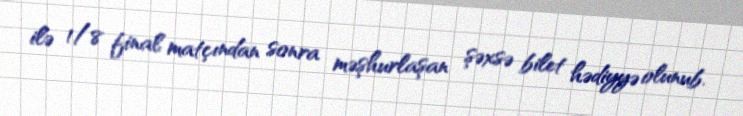
ilə 1/8 final matçından sonra məşhurlaşan şəxsə bilet hədiyyə olunub.